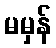
မမှန်